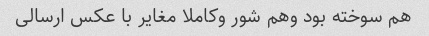
هم سوخته بود وهم شور وکاملا مغایر با عکس ارسالی